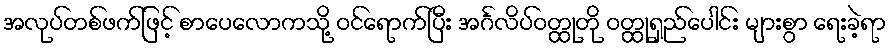
အလုပ်တစ်ဖက်ဖြင့် စာပေလောကသို့ ဝင်ရောက်ပြီး အင်္ဂလိပ်ဝတ္ထုတို ဝတ္ထုရှည်ပေါင်း များစွာ ရေးခဲ့ရာ